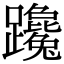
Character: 𨇩